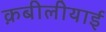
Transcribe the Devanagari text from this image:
क़बीलीयाई